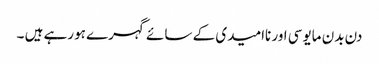
دن بدن مایوسی اور ناامیدی کے سائے گہرے ہورہے ہیں ۔